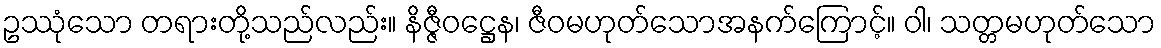
ဥဿုံသော တရားတို့သည်လည်း။ နိဇ္ဇီဝဋ္ဌေန၊ ဇီဝမဟုတ်သောအနက်ကြောင့်။ ဝါ၊ သတ္တမဟုတ်သော